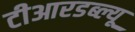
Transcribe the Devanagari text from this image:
टीआरडब्ल्यू